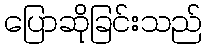
ပြောဆိုခြင်းသည်